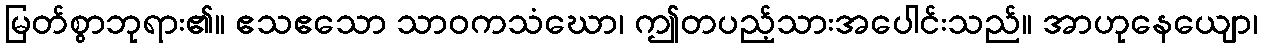
မြတ်စွာဘုရား၏။ ဧသဧသော သာဝကသံဃော၊ ဤတပည့်သားအပေါင်းသည်။ အာဟုနေယျော၊